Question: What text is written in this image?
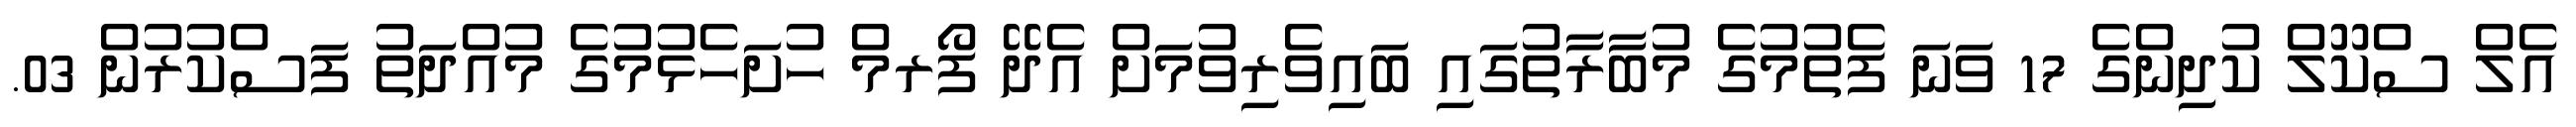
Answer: އެލް ސްކޫލް ކުދިންގެ 17 ވަނަ ފެތުމުގެ މުބާރާތުގައި ބައިވެރިވުމަށް އެދޭ ފޯރމް ހުށަހެޅުމުގެ މުއްދަތު ފަސްކުރުން 03.